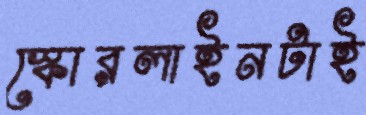
স্কোরলাইনটাই